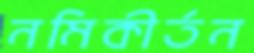
নমিকীর্তন